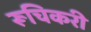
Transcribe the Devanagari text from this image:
रूचिकरी